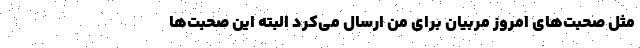
مثل صحبت‌های امروز مربیان برای من ارسال می‌کرد البته این صحبت‌ها